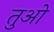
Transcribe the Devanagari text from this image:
तुओ